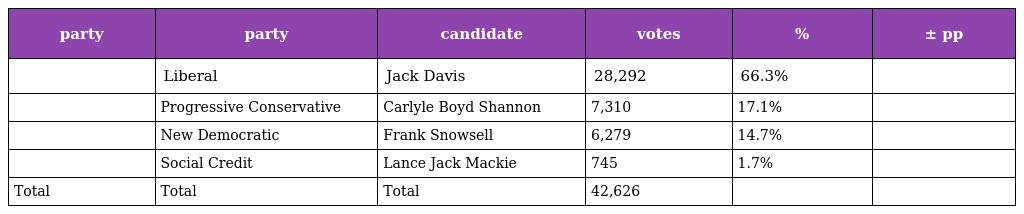
| party | party | candidate | votes | % | ± pp |
 | --- | --- | --- | --- | --- | --- |
 |  | Liberal | Jack Davis | 28,292 | 66.3% |  |
 |  | Progressive Conservative | Carlyle Boyd Shannon | 7,310 | 17.1% |  |
 |  | New Democratic | Frank Snowsell | 6,279 | 14.7% |  |
 |  | Social Credit | Lance Jack Mackie | 745 | 1.7% |  |
 | Total | Total | Total | 42,626 |  |  |